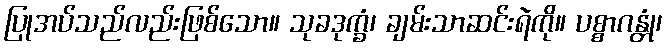
ပြုအပ်သည်လည်းဖြစ်သော။ သုခဒုက္ခံ၊ ချမ်းသာဆင်းရဲကို။ ပစ္စာဂန္တုံ၊